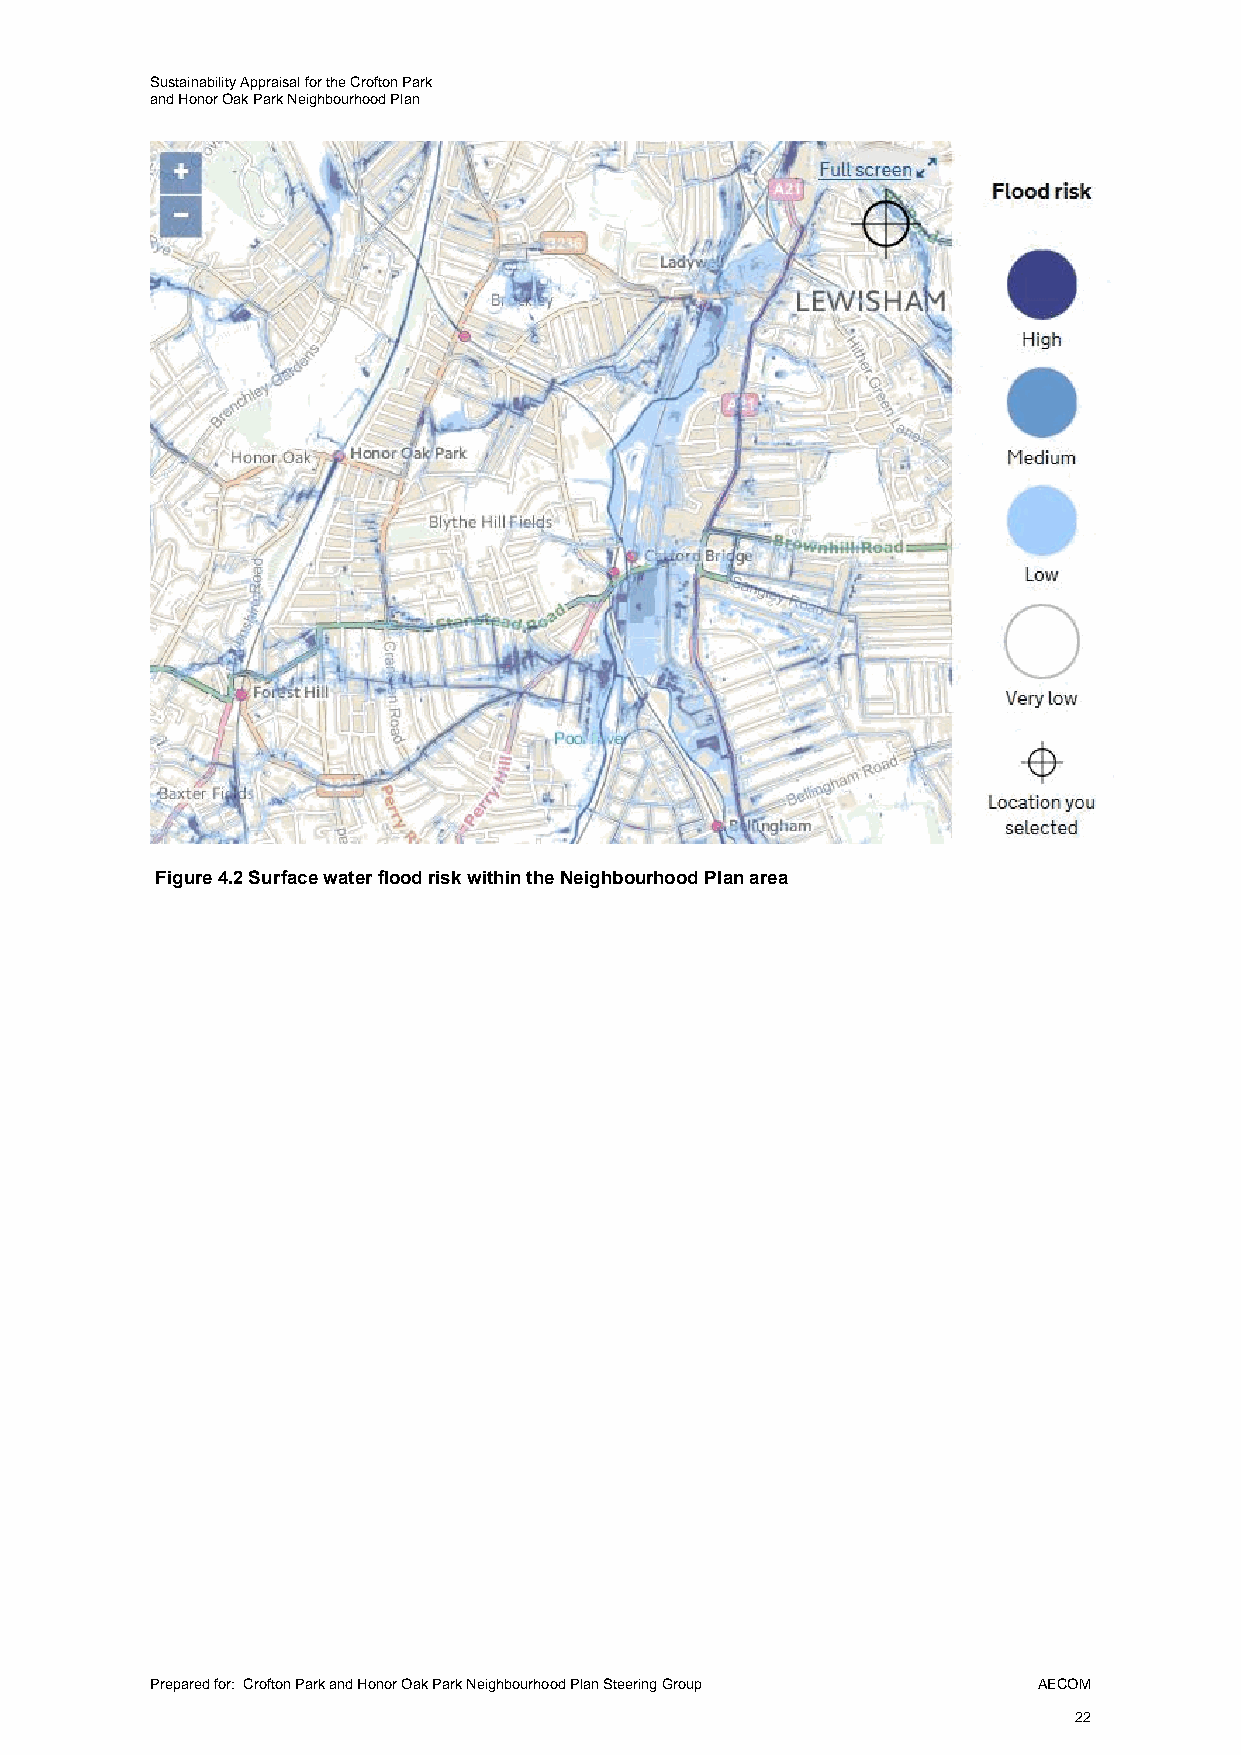
Sustainability Appraisal for the Crofton Park
 and Honor Oak Park Neighbourhood Plan
 Figure 4.2 Surface water flood risk within the Neighbourhood Plan area
 Prepared for: Crofton Park and Honor Oak Park Neighbourhood Plan Steering Group AECOM
 22